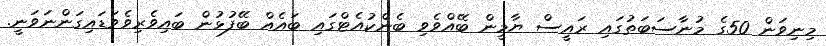
މިނިވަން 50ގެ މުނާސަބަތުގައި ރައީސް ޔާމީން ބޭއްވެވި ބެންކުއެޓްގައި ބައެއް ބޭފުޅުން ބައިވެރިވެވަޑައިގަންނަވަނީ.